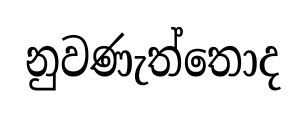
නුවණැත්තොද